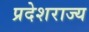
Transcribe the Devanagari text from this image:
प्रदेशराज्य